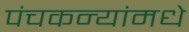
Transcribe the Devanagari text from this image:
पंचकन्यांमधे